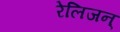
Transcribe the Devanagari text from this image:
रेलिजन्